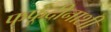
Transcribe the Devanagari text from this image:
फफूंदीनाशी